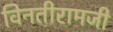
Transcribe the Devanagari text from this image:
विनतीरामजी